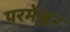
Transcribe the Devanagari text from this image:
परमेंश्वर